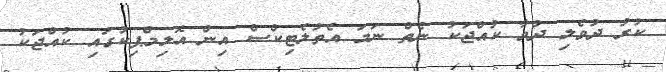
ކުރު ދުވެލި ދުވާ ކުއްޖަކު ނެތް ނަމަ އެތުލެޓިކްސް އިން އޮލިމްޕިކުގައި ކުއްޖަކު